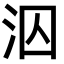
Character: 泅